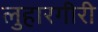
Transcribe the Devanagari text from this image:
लुहारगीरी